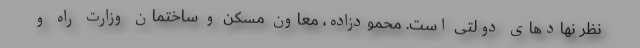
نظر نهادهای دولتی است. محمودزاده، معاون مسکن و ساختمان وزارت راه و